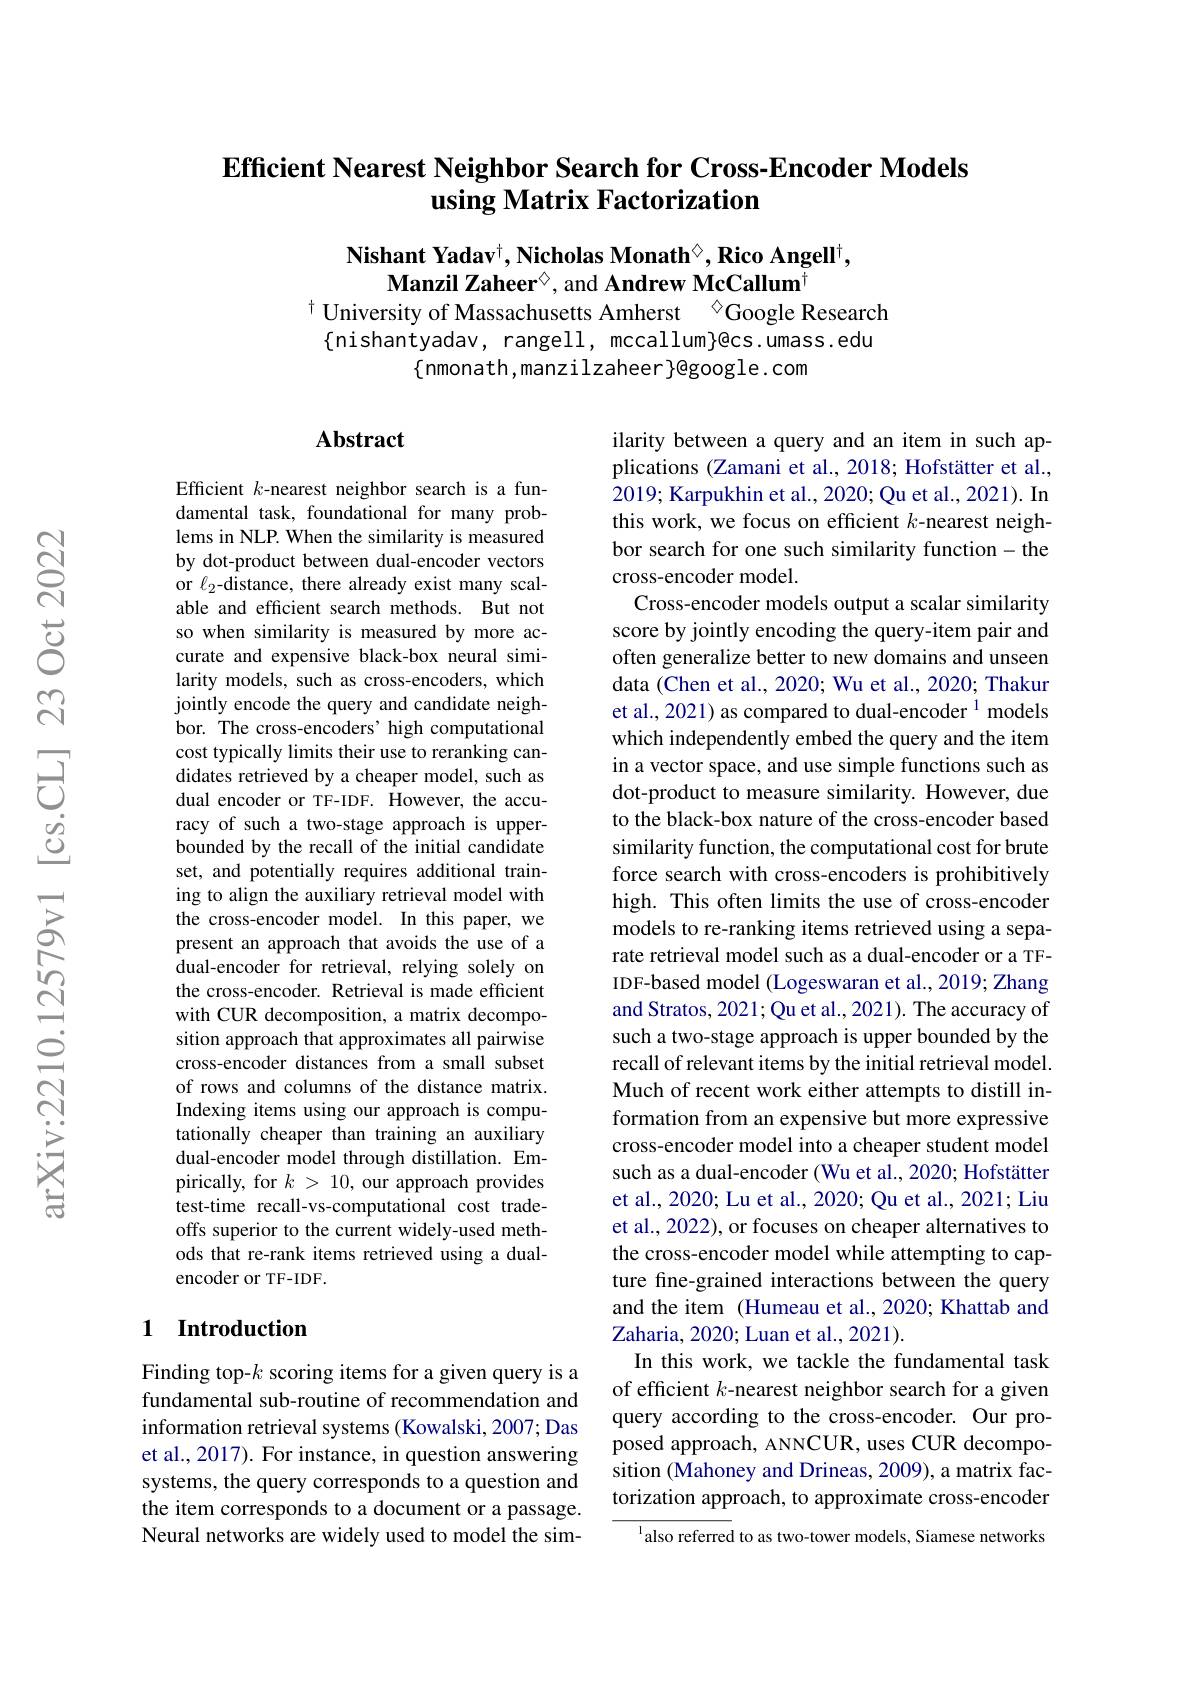
### Efficient Nearest Neighbor Search for Cross-Encoder Models using Matrix Factorization

Nishant Yadav$^{\dagger},\textbf{Nicholas Monath}^{\vee},\textbf{Rico Angell}^{\dagger}$,
Manzil Zaheer$^{\textcircled{\mathrm{o}}}$, and Andrew McCallum$^{\dagger}$
$^{\dagger}$ University of Massachusetts Amherst $^{\textcircled{\mathrm{Google}}}$ Research

$\{$nishantyadav, rangell, mccallum}@cs.umass.edu
$\{$nmonath,manzilzaheer$\}$@google.com

### Abstract

Efficient $k$-nearest neighbor search is a fundamental task, foundational for many problems in NLP. When the similarity is measured by dot-product between dual-encoder vectors or $\ell_2$-distance, there already exist many scalable and efficient search methods. But not so when similarity is measured by more accurate and expensive black-box neural similarity models, such as cross-encoders, which jointly encode the query and candidate neighbor. The cross-encoders’high computational cost typically limits their use to reranking candidates retrieved by a cheaper model, such as dual encoder or TF-IDF. However, the accuracy of such a two-stage approach is upperbounded by the recall of the initial candidate set, and potentially requires additional training to align the auxiliary retrieval model with the cross-encoder model. In this paper, we present an approach that avoids the use of a dual-encoder for retrieval, relying solely on the cross-encoder. Retrieval is made efficient with CUR decomposition, a matrix decomposition approach that approximates all pairwise cross-encoder distances from a small subset of rows and columns of the distance matrix. Indexing items using our approach is computationally cheaper than training an auxiliary dual-encoder model through distillation. Empirically, for $k>10$, our approach provides test-time recall-vs-computational cost tradeoffs superior to the current widely-used methods that re-rank items retrieved using a dualencoder or TF-IDF.

ilarity between a query and an item in such applications (Zamani et al., 2018; Hofstätter et al., 2019; Karpukhin et al., 2020; Qu et al., 2021). In this work, we focus on efficient $k$-nearest neighbor search for one such similarity function- the cross-encoder model.
Cross-encoder models output a scalar similarity score by jointly encoding the query-item pair and often generalize better to new domains and unseen data (Chen et al., 2020; Wu et al., 2020; Thakur et al., 2021) as compared to dual-encoder $^{1}$ models which independently embed the query and the item in a vector space, and use simple functions such as dot-product to measure similarity. However, due to the black-box nature of the cross-encoder based similarity function, the computational cost for brute force search with cross-encoders is prohibitively high. This often limits the use of cross-encoder models to re-ranking items retrieved using a separate retrieval model such as a dual-encoder or a TFIDF-based model (Logeswaran et al., 2019; Zhang and Stratos, 2021; Qu et al., 2021). The accuracy of such a two-stage approach is upper bounded by the recall of relevant items by the initial retrieval model. Much of recent work either attempts to distill information from an expensive but more expressive cross-encoder model into a cheaper student model such as a dual-encoder (Wu et al., 2020; Hofstätter et al., 2020; Lu et al., 2020; Qu et al., 2021; Liu et al., 2022), or focuses on cheaper alternatives to the cross-encoder model while attempting to capture fne-grained interactions between the query and the item (Humeau et al., 2020; Khattab and Zaharia, 2020; Luan et al. , 2021) .
In this work, we tackle the fundamental task of efficient $k$-nearest neighbor search for a given query according to the cross-encoder. Our proposed approach, ANNCUR, uses CUR decomposition (Mahoney and Drineas, 2009), a matrix factorization approach, to approximate cross-encoder
$^{\mathrm{l}}$also referred to as two-tower models, Siamese networks

## 1 Introduction

Finding top-$k$ scoring items for a given query is a fundamental sub-routine of recommendation and information retrieval systems (Kowalski, 2007; Das et al., 2017). For instance, in question answering systems, the query corresponds to a question and the item corresponds to a document or a passage. Neural networks are widely used to model the sim-